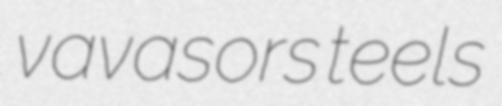
vavasors teels